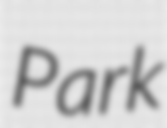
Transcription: Park